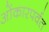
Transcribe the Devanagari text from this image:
ओंकारपर्वत